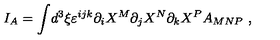
I _ { A } = \int \! d ^ { 3 } \xi \varepsilon ^ { i j k } \partial _ { i } X ^ { M } \partial _ { j } X ^ { N } \partial _ { k } X ^ { P } A _ { M N P } \ ,